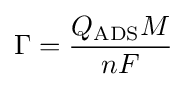
\Gamma ={Q_{\text{ADS}}M \over nF}